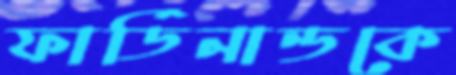
ফার্ডিনান্ডকে